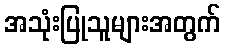
အသုံးပြုသူများအတွက်